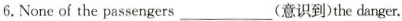
6.None of the passengers___(意识到)the danger.